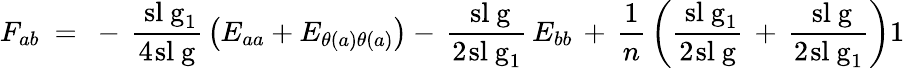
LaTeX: F_{ab}~=~-\, {\frac{\mathrm{\ sl~g}_{1}}{4\! \mathrm{\ sl~g}}}\left(E_{aa}+E_{\theta(a)\theta(a)}\right)-\, {\frac{\mathrm{\ sl~g}}{2\! \mathrm{\ sl~g}_{1}}}\, E_{bb}\, +\, {\frac{1}{n}}\left({\frac{\mathrm{\ sl~g}_{1}}{2\! \mathrm{\ sl~g}}}\, +\, {\frac{\mathrm{\ sl~g}}{2\! \mathrm{\ sl~g}_{1}}}\right)1